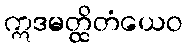
ဣဒမတ္ထိတံယေဝ